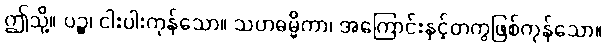
ဤသို့။ ပဉ္စ၊ ငါးပါးကုန်သော။ သဟဓမ္မိကာ၊ အကြောင်းနှင့်တကွဖြစ်ကုန်သော။